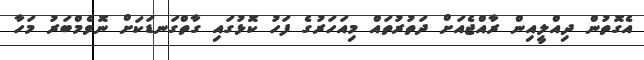
އެގޮތުން ދިއްލީއިން ރާއްޖެއަށް ދަތުރުތައް މިއަަހަރުގެ ފަހު ކޮޅުގައި ގާތްގަނޑަކަށް ނޮވެމްބަރު މަހާ